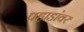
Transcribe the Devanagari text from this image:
पहाडांवर